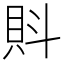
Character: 𧴼